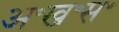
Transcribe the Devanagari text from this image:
अ॰ख॰स॰